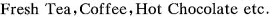
Fresh Tea, Coffee, Hot Chocolate etc.